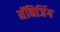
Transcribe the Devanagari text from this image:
मॅनिजिंग